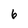
Character: 6